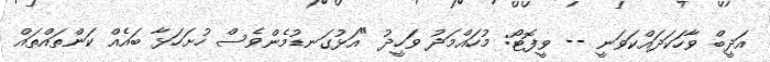
އަދީބް ވާހަކަދައްކަވަނީ -- ވީފޮޓޯ: މުހައްމަދު ވަހީދު "އަޅުގަނޑުމެންވެސް ހުށަަހަޅާ ބައެއް ކަންތައްތައް